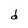
Character: d